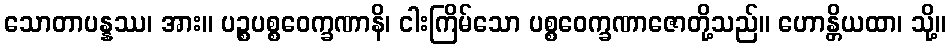
သောတာပန္နဿ၊ အား။ ပဉ္စပစ္စဝေက္ခဏာနိ၊ ငါးကြိမ်သော ပစ္စဝေက္ခဏာဇောတို့သည်။ ဟောန္တိယထာ၊ သို့။